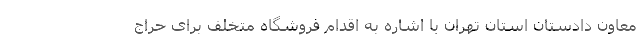
معاون دادستان استان تهران با اشاره به اقدام فروشگاه متخلف برای حراج